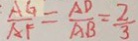
\frac { A G } { A F } = \frac { A D } { A B } = \frac { 2 } { 3 }